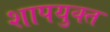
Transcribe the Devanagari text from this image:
शापयुक्‍त